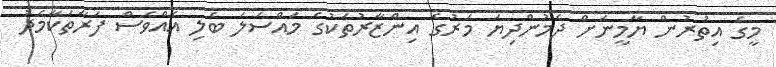
މީގެ އިތުރުން ޔާމީނަށް ދެމުންދިޔަ މަރުގެ އިންޒާރުތަކުގެ މައްސަލަ ބެލި އެއްވެސް ފަރާތަކާމެދު